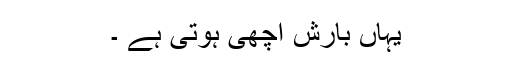
یہاں بارش اچھی ہوتی ہے ۔